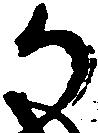
か